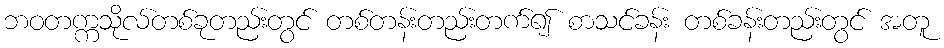
ဘဝတက္ကသိုလ်တစ်ခုတည်းတွင် တစ်တန်းတည်းတက်၍ စာသင်ခန်း တစ်ခန်းတည်းတွင် အတူ